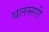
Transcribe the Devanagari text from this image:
थलस्सरी